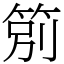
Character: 䇷